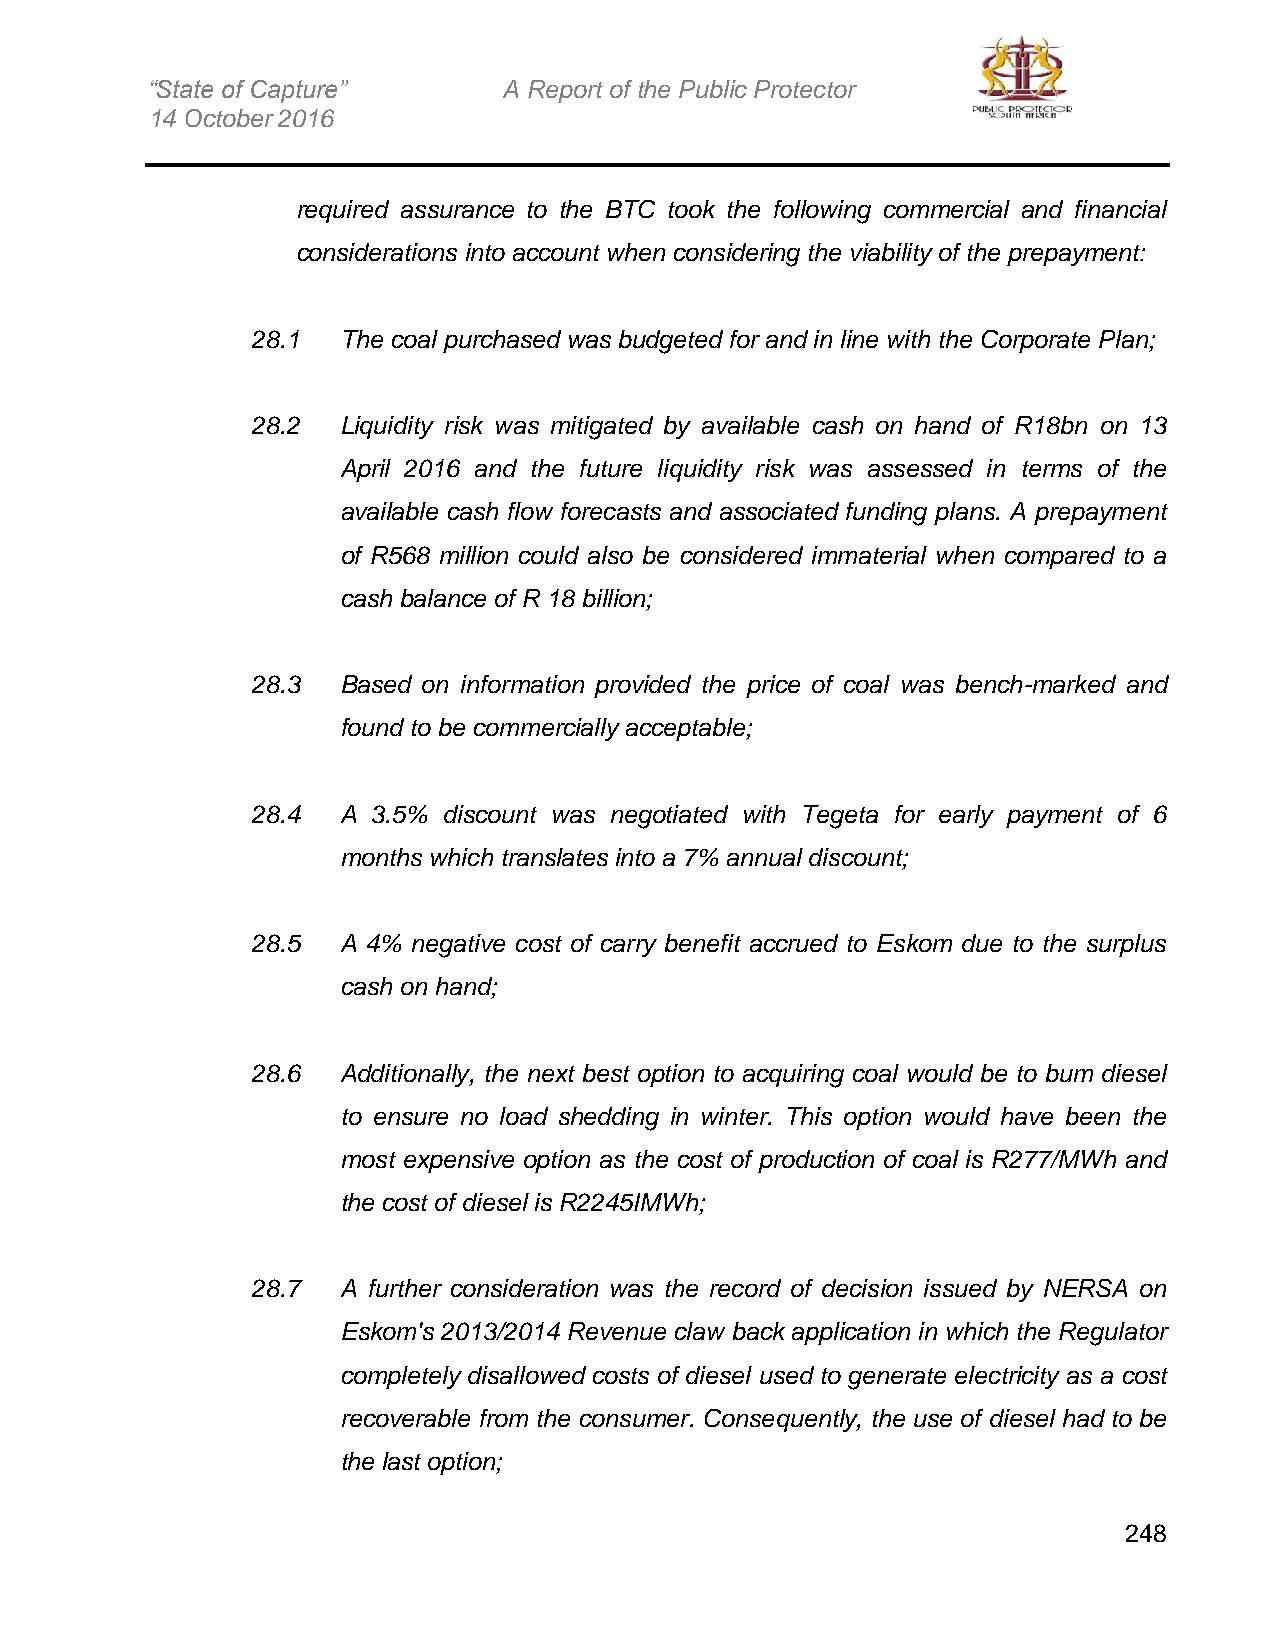
“State of Capture”     A Report of the Public Protector
 14 October 2016
 required assurance to the BTC took the following commercial and financial
 considerations into account when considering the viability of the prepayment:
 28.1 The coal purchased was budgeted for and in line with the Corporate Plan;
 28.2 Liquidity risk was mitigated by available cash on hand of R18bn on 13
 April 2016 and the future liquidity risk was assessed in terms of the
 available cash flow forecasts and associated funding plans. A prepayment
 of R568 million could also be considered immaterial when compared to a
 cash balance of R 18 billion;
 28.3 Based on information provided the price of coal was bench-marked and
 found to be commercially acceptable;
 28.4 A  3.5% discount was negotiated with Tegeta for early payment of 6
 months which translates into a 7% annual discount;
 28.5 A 4% negative cost of carry benefit accrued to Eskom due to the surplus
 cash on hand;
 28.6 Additionally, the next best option to acquiring coal would be to bum diesel
 to ensure no load shedding in winter. This option would have been the
 most expensive option as the cost of production of coal is R277/MWh and
 the cost of diesel is R2245IMWh;
 28.7 A further consideration was the record of decision issued by NERSA on
 Eskom's 2013/2014 Revenue claw back application in which the Regulator
 completely disallowed costs of diesel used to generate electricity as a cost
 recoverable from the consumer. Consequently, the use of diesel had to be
 the last option;
 248